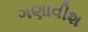
ગણાવીશ